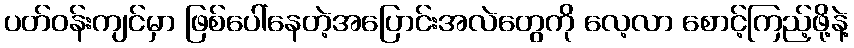
ပတ်ဝန်းကျင်မှာ ဖြစ်ပေါ်နေတဲ့အပြောင်းအလဲတွေကို လေ့လာ စောင့်ကြည့်ဖို့နဲ့